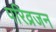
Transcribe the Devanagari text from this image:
परिव्रजन